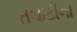
તલાટીના